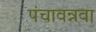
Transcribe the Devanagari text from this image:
पंचावन्नवा